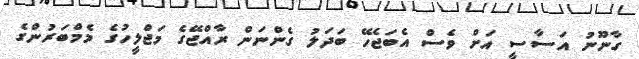
ގާނޫނު އަސާސީ އަށް ވެސް އެބަޖެހޭ ބަދަލު ގެންނަން ރާއްޖޭގެ މަޖްލީހުގެ މެމްބަރުންގެ